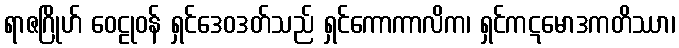
ရာဇဂြိုဟ် ဝေဠုဝန် ရှင်ဒေဝဒတ်သည် ရှင်ကောကာလိက၊ ရှင်ကဋမောဒကတိဿာ၊